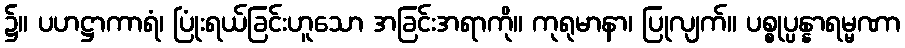
၌။ ပဟဋ္ဌာကာရံ၊ ပြုံးရယ်ခြင်းဟူသော အခြင်းအရာကို။ ကုရုမာနာ၊ ပြုလျက်။ ပစ္စုပ္ပန္နာရမ္မဏာ